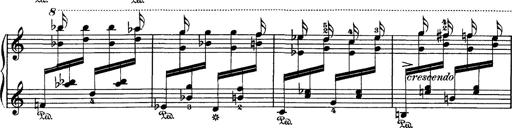
Title: Hungarian Rhapsody No.1
Composer: Franz Liszt
Key: C-sharp minor